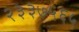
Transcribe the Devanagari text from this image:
२३३७५६५